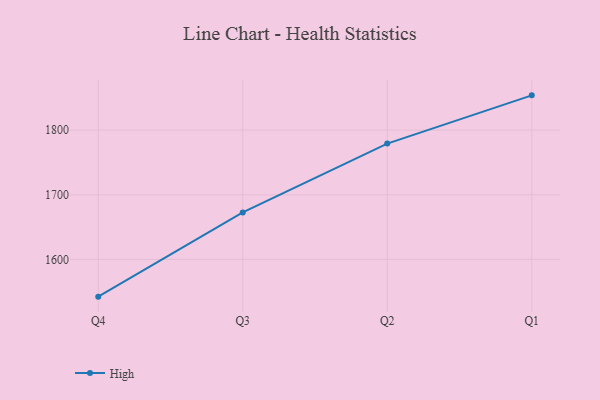
{"axis": {"x": "Quarter", "y": "Operating Costs (USD K)"}, "legend": ["High"], "data": [{"x": "Q4", "y": 1542.4, "type": "High"}, {"x": "Q3", "y": 1672.8, "type": "High"}, {"x": "Q2", "y": 1779.2, "type": "High"}, {"x": "Q1", "y": 1853.9, "type": "High"}]}